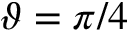
\vartheta = \pi / 4